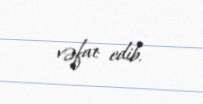
vəfat edib.